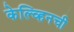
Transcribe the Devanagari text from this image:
केल्व्हिनची